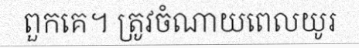
ពួកគេ។ ត្រូវចំណាយពេលយូរ